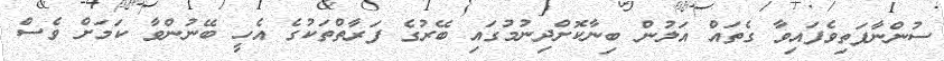
ސުންނާފަތިވެފައިވާ ގެތައް އަލުން ބިނާކޮށްދިނުމުގައި ބޭރުގެ ފަރާތްތަކުގެ އެހީ ބޭނުންވާ ކަމަށް ވެސް